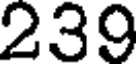
239